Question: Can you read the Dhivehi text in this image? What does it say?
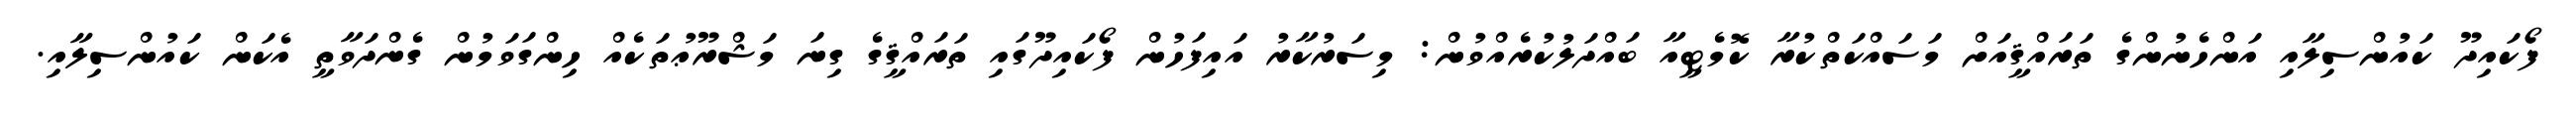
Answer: ފޯކައިދޫ ކައުންސިލާއި އަންހެނުންގެ ތަރައްޤީއަށް މަސައްކަތްކުރާ ކޮމެޓީއާ ބައްދަލުކުރެއްވުން: މިސަރުކާރު އައިފަހުން ފޯކައިދޫގައި ތަރައްޤީގެ ގިނަ މަޝްރޫޢުތަކެއް ހިންގަވަމުން ގެންދަވާތީ އެކަން ކައުންސިލާއި.